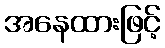
အနေထားဖြင့်